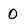
Character: 0